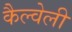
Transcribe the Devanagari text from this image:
कैल्वेली